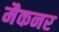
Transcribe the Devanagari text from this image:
मैकनर